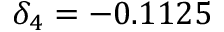
\delta _ { 4 } = - 0 . 1 1 2 5